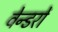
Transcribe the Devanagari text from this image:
वेन्डरों